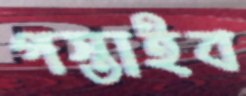
পস্তাইব